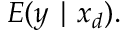
E ( y \mid x _ { d } ) .